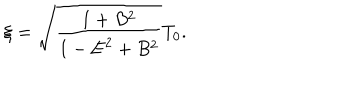
LaTeX: \xi = \sqrt { \frac { 1 + B ^ { 2 } } { 1 - { \bf E } ^ { 2 } + B ^ { 2 } } } T _ { 0 } .